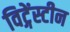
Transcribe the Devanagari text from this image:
विट्गेंस्टीन